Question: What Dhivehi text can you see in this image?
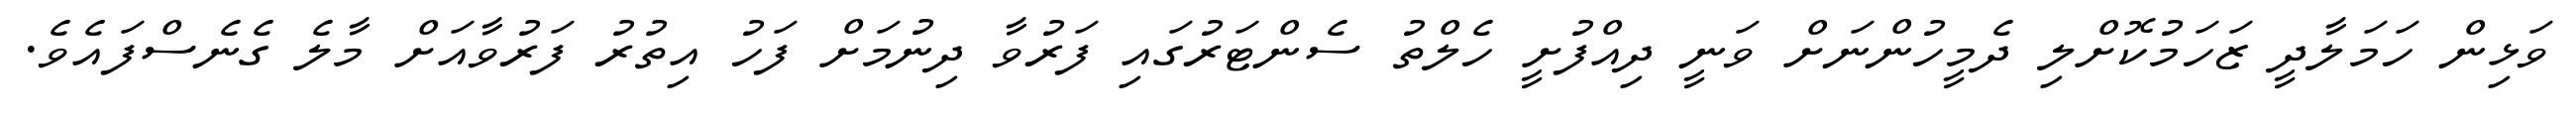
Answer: ވަޅިން ހަމަލާދީ ޒަހަމުކޮށްލި ދެމީހުންނަށް ވަނީ ދިއްފުށީ ހެލްތު ސެންޓަރުގައި ފަރުވާ ދިނުމަށް ފަހު އިތުރު ފަރުވާއަށް މާލެ ގެނެސްފައެވެ.